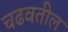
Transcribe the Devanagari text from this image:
चढवतील